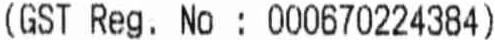
GST REG. NO : 000670224384)